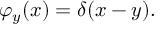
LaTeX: \varphi _ { y } ( x ) = \delta ( x - y ) .